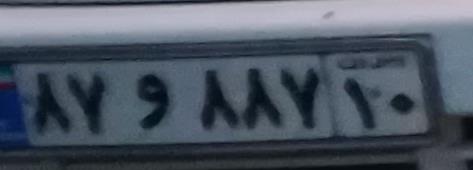
۸۷و۸۸۷۱۰